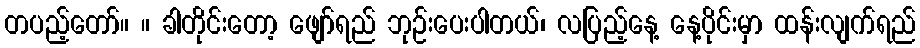
တပည့်တော်။ ။ ခါတိုင်းတော့ ဖျော်ရည် ဘုဉ်းပေးပါတယ်၊ လပြည့်နေ့ နေ့ပိုင်းမှာ ထန်းလျက်ရည်